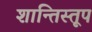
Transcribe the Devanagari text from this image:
शान्तिस्‍तूप